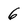
Character: 6